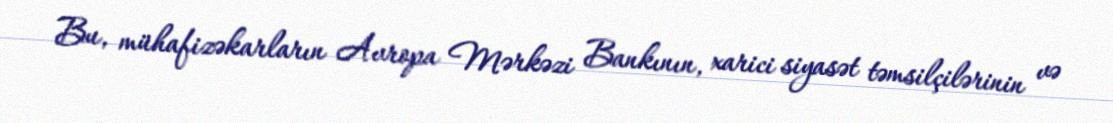
Bu, mühafizəkarların Avropa Mərkəzi Bankının, xarici siyasət təmsilçilərinin və